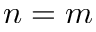
n = m